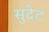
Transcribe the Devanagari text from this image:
सुदेट